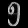
Digit: ၅